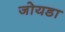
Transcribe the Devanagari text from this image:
जोयडा